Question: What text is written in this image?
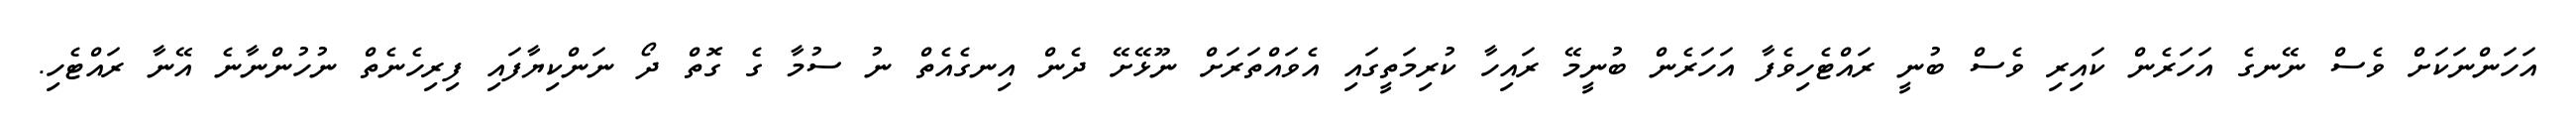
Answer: އަހަންނަކަށް ވެސް ނޭނގެ އަހަރެން ކައިރި ވެސް ބުނީ ރައްޓެހިވެފާ އަހަރެން ބުނީމޭ ރައިހާ ކުރިމަތީގައި އެވައްތަރަށް ނޫޅޭށޭ ދެން އިނގެއެތް ނު ސުމާ ގެ ގޮތް ދޯ ނަންކިޔާފައި ފިރިހެނެތް ނުހުންނާނެ އޭނާ ރައްޓެހި.